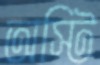
অস্টি